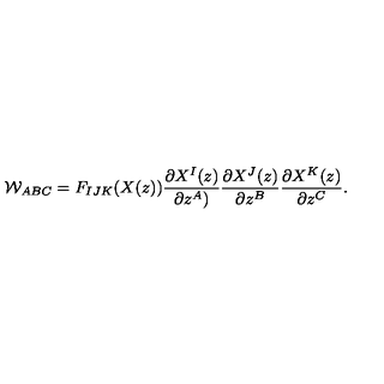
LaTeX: { \cal W } _ { A B C } = F _ { I J K } ( X ( z ) ) \frac { \partial X ^ { I } ( z ) } { \partial z ^ { A } ) } \frac { \partial X ^ { J } ( z ) } { \partial z ^ { B } } \frac { \partial X ^ { K } ( z ) } { \partial z ^ { C } } .